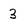
Character: 3